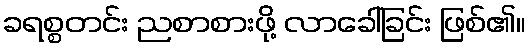
ခရစ္စတင်း ညစာစားဖို့ လာခေါ်ခြင်း ဖြစ်၏။